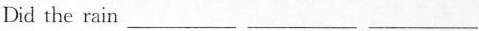
Did the rain ___ ___ ___